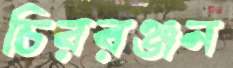
চিররঞ্জন